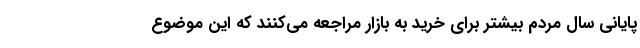
پایانی سال مردم بیشتر برای خرید به بازار مراجعه می‌کنند که این موضوع